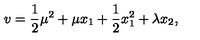
v = \frac { 1 } { 2 } \mu ^ { 2 } + \mu x _ { 1 } + \frac { 1 } { 2 } x _ { 1 } ^ { 2 } + \lambda x _ { 2 } ,